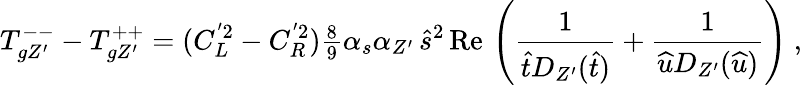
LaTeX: T_{gZ^{\prime}}^{--}-T_{gZ^{\prime}}^{++}=(C_{L}^{'2}-C_{R}^{'2}){\textstyle{\frac{8}{9}}}\alpha_{s}\alpha_{Z^{\prime}}\, \widehat s^{2}\, \mathrm{Re}\, \left({\frac{1}{\widehat tD_{Z^{\prime}}(\widehat t)}}+{\frac{1}{\widehat uD_{Z^{\prime}}(\widehat u)}}\right)\ ,